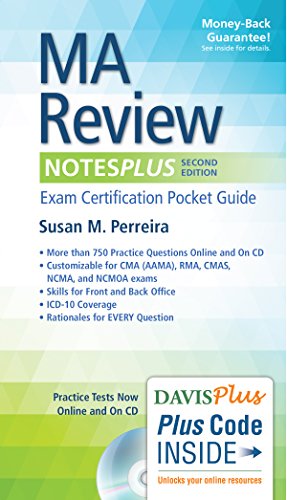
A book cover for MA Review NotesPlus: Exam Certification Pocket Guide; Susan Perreira MS  RMA; Medical Books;